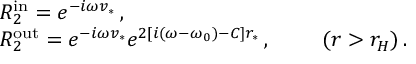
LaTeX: \begin{array} { l l } { { } } & { { R _ { 2 } ^ { \mathrm { i n } } = e ^ { - i \omega v _ { * } } \, , } } \\ { { } } & { { R _ { 2 } ^ { \mathrm { o u t } } = e ^ { - i \omega v _ { * } } e ^ { 2 [ i ( \omega - \omega _ { 0 } ) - C ] r _ { * } } \, , ~ ~ ~ ~ ~ ~ ~ ( r > r _ { H } ) \, . } } \end{array}